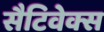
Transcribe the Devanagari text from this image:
सैटिवेक्स